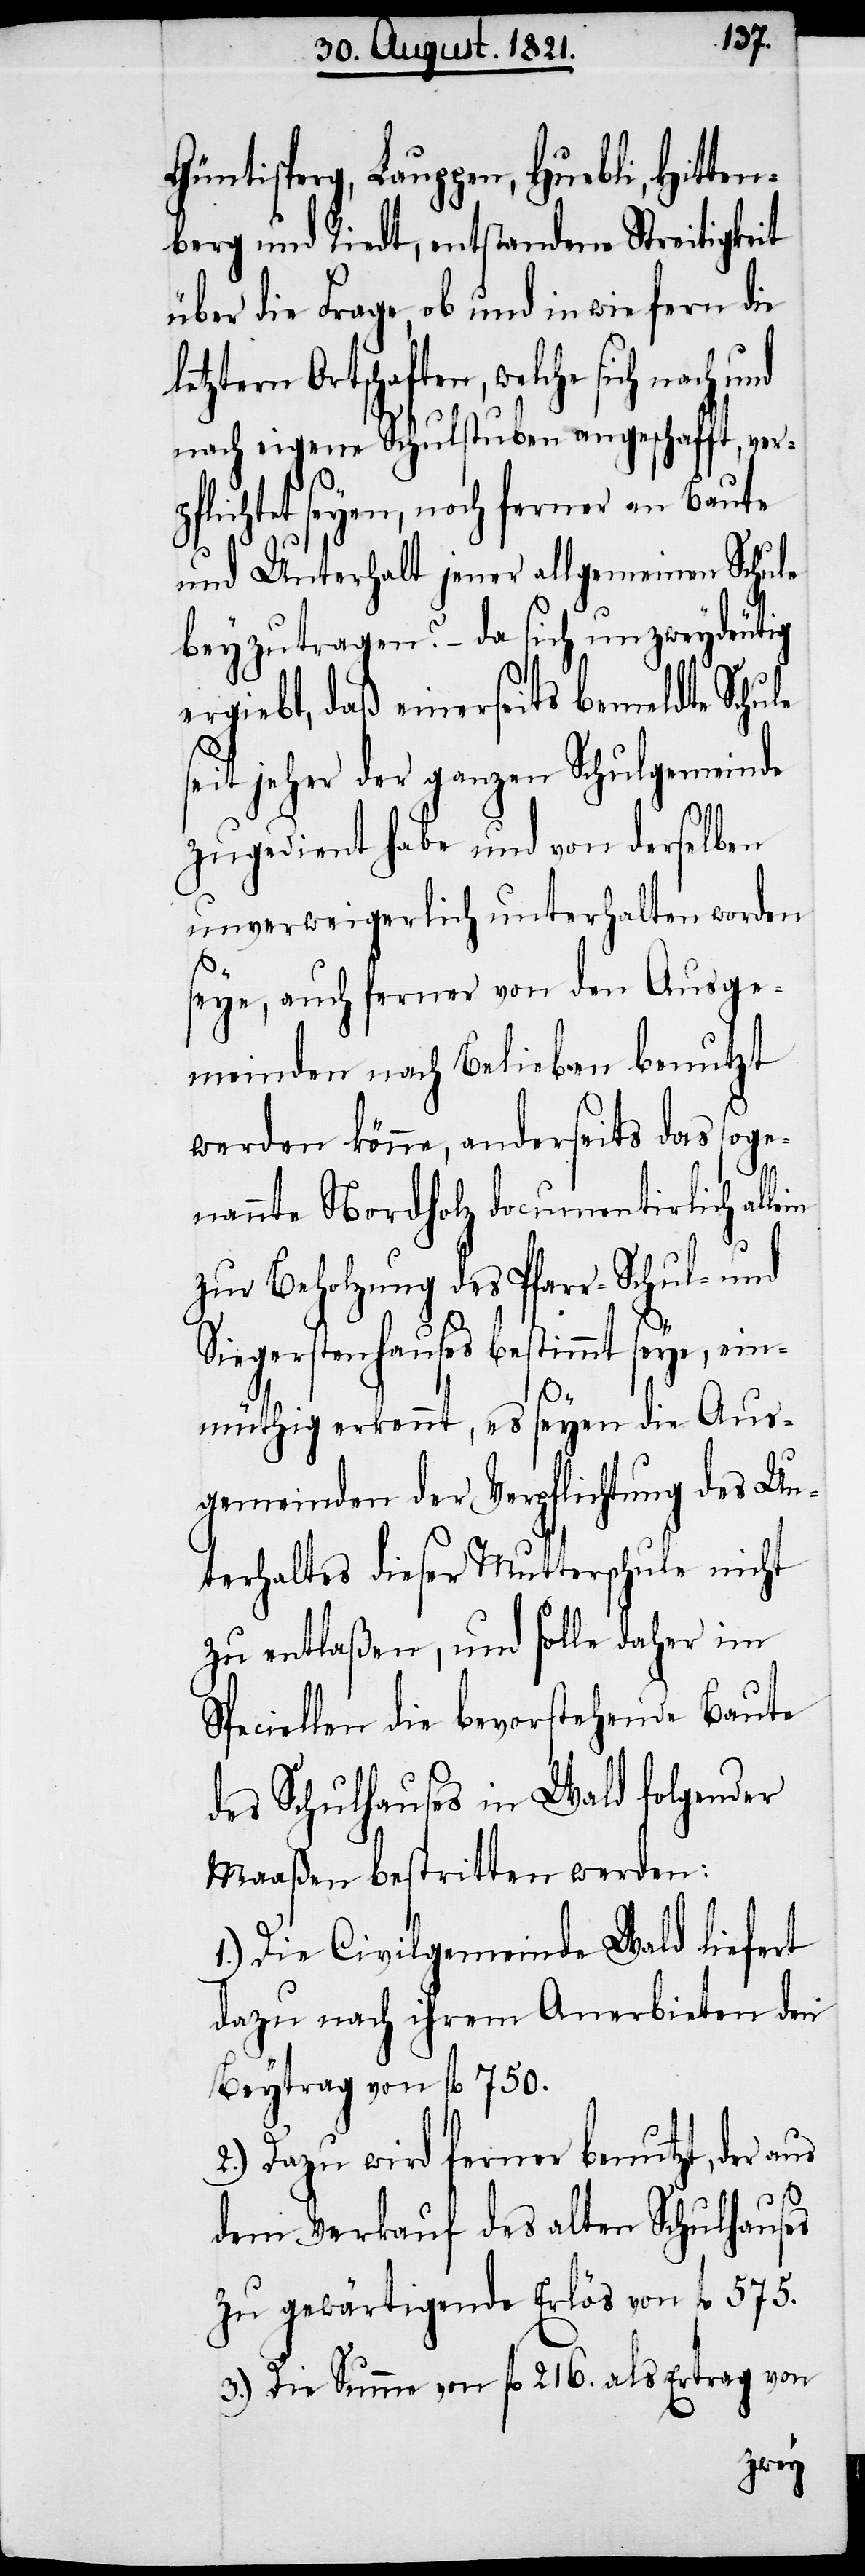
Güntisperg, Lauppen, Huebli, Hitten¬
berg und Riedt, entstandenen Streitigkeit
über die Frage, ob und in wie fern die
letzten Ortschaften, welche sich nach
nach eigene Schulstuben angeschafft, ver¬
pflichtet seyen, noch ferner an Baute
und Unterhalt jener allgemeinen Schule
beyzutragen? – da sich unzweydeutig
ergibt, daß einerseits bemeldte Schule
seit jeher der ganzen Schulgemeinde
zugedient habe und von derselben
unverweigerlich unterhalten worden
seye, auch ferner von den Ausge¬
meinden nach belieben benutzt
werden könne, anderseits das soge¬
nannte Nordholz documentirlich alle¬
zur Beholzung des Pfarr- Schul- und
Sigristengutes bestimmt seye, ein¬
in
müthig erkennt, es seyen die Aus¬
gemeinden der Verpflichtung des Un¬
terhaltes dieser Mutterschule nicht
zu entlaßen, und solle daher im
Speciellen die bevorstehende Baute
des Schulhauses in Wald folgender
Maaßen bestritten werden:
1.) Die Civilgemeinde Wald liefert
dazu nach ihrem Anerbieten den
Beytrag von fl. 750.
2.) Dazu wird ferner benutzt, der aus
dem Verkauf des alten Schulhauses
zu gewärtigende Erlös von fl. 575.
3.) Die Summe von fl. 216. als Ertrag von